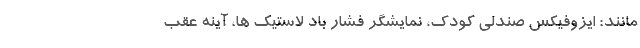
مانند: ایزوفیکس صندلی کودک، نمایشگر فشار باد لاستیک ها، آینه عقب